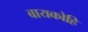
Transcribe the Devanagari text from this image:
बायकोहि